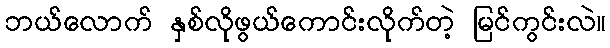
ဘယ်လောက် နှစ်လိုဖွယ်ကောင်းလိုက်တဲ့ မြင်ကွင်းလဲ။